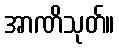
အာဏိသုတ်။